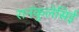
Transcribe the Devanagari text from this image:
रानंकुलेसिई